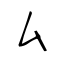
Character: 厶